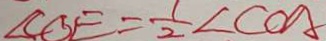
\angle C D E = \frac { 1 } { 2 } \angle C O A